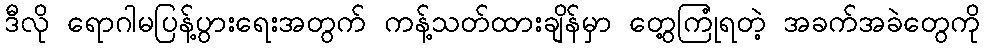
ဒီလို ရောဂါမပြန့်ပွားရေးအတွက် ကန့်သတ်ထားချိန်မှာ တွေ့ကြုံရတဲ့ အခက်အခဲတွေကို